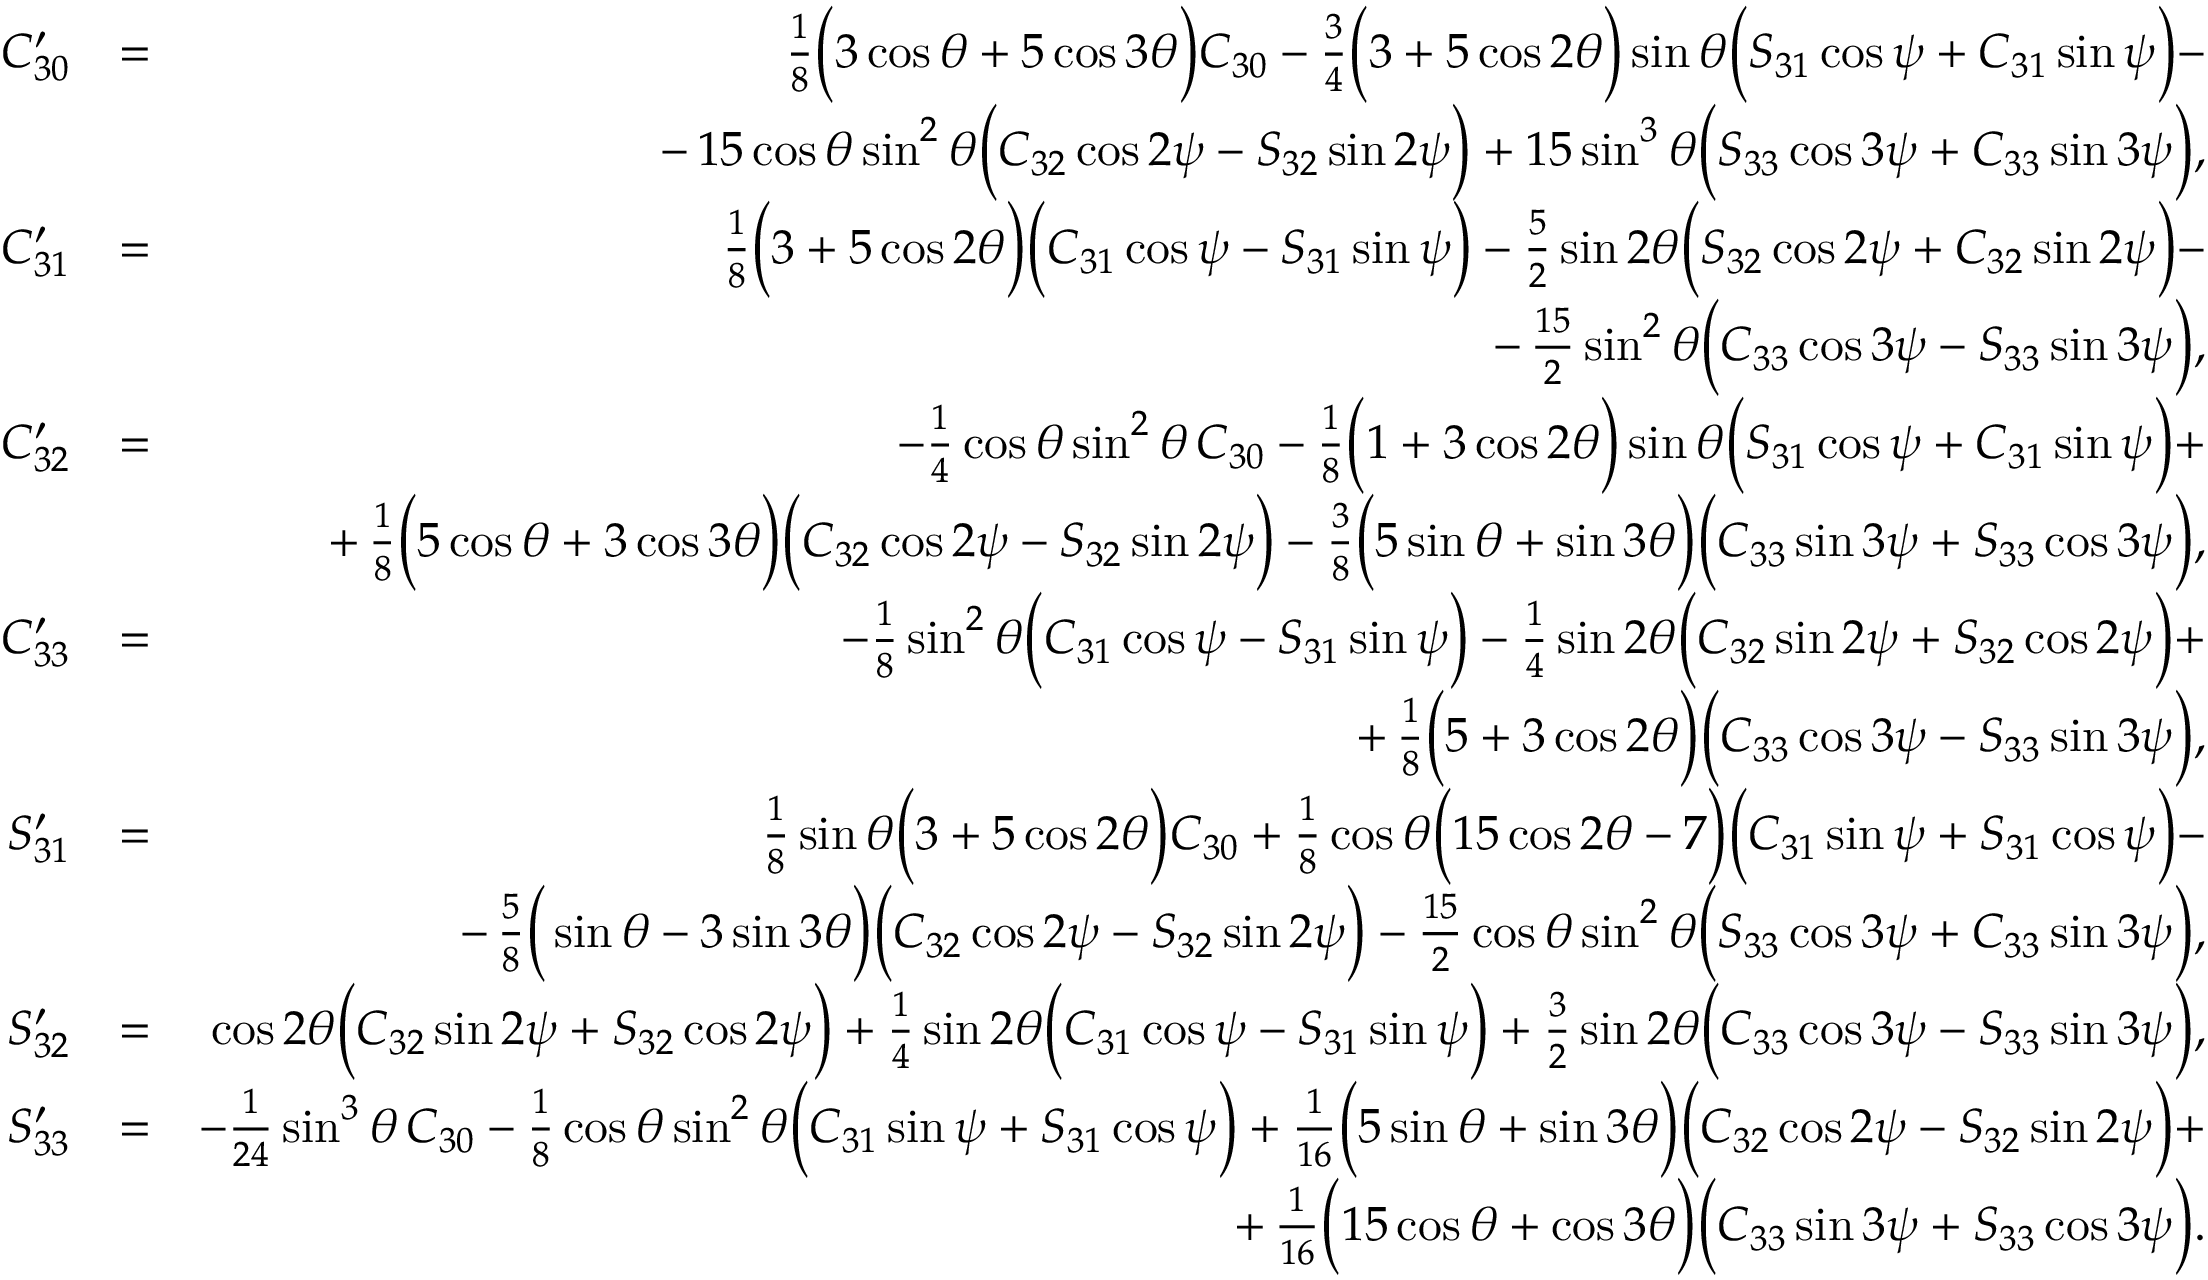
\begin{array} { r l r } { C _ { 3 0 } ^ { \prime } } & { = } & { { \textstyle \frac { 1 } { 8 } } \Big ( 3 \cos \theta + 5 \cos 3 \theta \Big ) C _ { 3 0 } - { \textstyle \frac { 3 } { 4 } } \Big ( 3 + 5 \cos 2 \theta \Big ) \sin \theta \Big ( S _ { 3 1 } \cos \psi + C _ { 3 1 } \sin \psi \Big ) - } \\ & { } & { - \, 1 5 \cos \theta \sin ^ { 2 } \theta \Big ( C _ { 3 2 } \cos 2 \psi - S _ { 3 2 } \sin 2 \psi \Big ) + 1 5 \sin ^ { 3 } \theta \Big ( S _ { 3 3 } \cos 3 \psi + C _ { 3 3 } \sin 3 \psi \Big ) , } \\ { C _ { 3 1 } ^ { \prime } } & { = } & { { \textstyle \frac { 1 } { 8 } } \Big ( 3 + 5 \cos 2 \theta \Big ) \Big ( C _ { 3 1 } \cos \psi - S _ { 3 1 } \sin \psi \Big ) - { \textstyle \frac { 5 } { 2 } } \sin 2 \theta \Big ( S _ { 3 2 } \cos 2 \psi + C _ { 3 2 } \sin 2 \psi \Big ) - } \\ & { } & { - \, { \textstyle \frac { 1 5 } { 2 } } \sin ^ { 2 } \theta \Big ( C _ { 3 3 } \cos 3 \psi - S _ { 3 3 } \sin 3 \psi \Big ) , } \\ { C _ { 3 2 } ^ { \prime } } & { = } & { - { \textstyle \frac { 1 } { 4 } } \cos \theta \sin ^ { 2 } \theta \, C _ { 3 0 } - { \textstyle \frac { 1 } { 8 } } \Big ( 1 + 3 \cos 2 \theta \Big ) \sin \theta \Big ( S _ { 3 1 } \cos \psi + C _ { 3 1 } \sin \psi \Big ) + } \\ & { } & { + \, { \textstyle \frac { 1 } { 8 } } \Big ( 5 \cos \theta + 3 \cos 3 \theta \Big ) \Big ( C _ { 3 2 } \cos 2 \psi - S _ { 3 2 } \sin 2 \psi \Big ) - { \textstyle \frac { 3 } { 8 } } \Big ( 5 \sin \theta + \sin 3 \theta \Big ) \Big ( C _ { 3 3 } \sin 3 \psi + S _ { 3 3 } \cos 3 \psi \Big ) , } \\ { C _ { 3 3 } ^ { \prime } } & { = } & { - { \textstyle \frac { 1 } { 8 } } \sin ^ { 2 } \theta \Big ( C _ { 3 1 } \cos \psi - S _ { 3 1 } \sin \psi \Big ) - { \textstyle \frac { 1 } { 4 } } \sin 2 \theta \Big ( C _ { 3 2 } \sin 2 \psi + S _ { 3 2 } \cos 2 \psi \Big ) + } \\ & { } & { + \, { \textstyle \frac { 1 } { 8 } } \Big ( 5 + 3 \cos 2 \theta \Big ) \Big ( C _ { 3 3 } \cos 3 \psi - S _ { 3 3 } \sin 3 \psi \Big ) , } \\ { S _ { 3 1 } ^ { \prime } } & { = } & { { \textstyle \frac { 1 } { 8 } } \sin \theta \Big ( 3 + 5 \cos 2 \theta \Big ) C _ { 3 0 } + { \textstyle \frac { 1 } { 8 } } \cos \theta \Big ( 1 5 \cos 2 \theta - 7 \Big ) \Big ( C _ { 3 1 } \sin \psi + S _ { 3 1 } \cos \psi \Big ) - } \\ & { } & { - \, { \textstyle \frac { 5 } { 8 } } \Big ( \sin \theta - 3 \sin 3 \theta \Big ) \Big ( C _ { 3 2 } \cos 2 \psi - S _ { 3 2 } \sin 2 \psi \Big ) - { \textstyle \frac { 1 5 } { 2 } } \cos \theta \sin ^ { 2 } \theta \Big ( S _ { 3 3 } \cos 3 \psi + C _ { 3 3 } \sin 3 \psi \Big ) , } \\ { S _ { 3 2 } ^ { \prime } } & { = } & { \cos 2 \theta \Big ( C _ { 3 2 } \sin 2 \psi + S _ { 3 2 } \cos 2 \psi \Big ) + { \textstyle \frac { 1 } { 4 } } \sin 2 \theta \Big ( C _ { 3 1 } \cos \psi - S _ { 3 1 } \sin \psi \Big ) + { \textstyle \frac { 3 } { 2 } } \sin 2 \theta \Big ( C _ { 3 3 } \cos 3 \psi - S _ { 3 3 } \sin 3 \psi \Big ) , } \\ { S _ { 3 3 } ^ { \prime } } & { = } & { - { \textstyle \frac { 1 } { 2 4 } } \sin ^ { 3 } \theta \, C _ { 3 0 } - { \textstyle \frac { 1 } { 8 } } \cos \theta \sin ^ { 2 } \theta \Big ( C _ { 3 1 } \sin \psi + S _ { 3 1 } \cos \psi \Big ) + { \textstyle \frac { 1 } { 1 6 } } \Big ( 5 \sin \theta + \sin 3 \theta \Big ) \Big ( C _ { 3 2 } \cos 2 \psi - S _ { 3 2 } \sin 2 \psi \Big ) + } \\ & { } & { + \, { \textstyle \frac { 1 } { 1 6 } } \Big ( 1 5 \cos \theta + \cos 3 \theta \Big ) \Big ( C _ { 3 3 } \sin 3 \psi + S _ { 3 3 } \cos 3 \psi \Big ) . } \end{array}